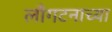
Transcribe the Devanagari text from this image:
लाँगटनाच्या